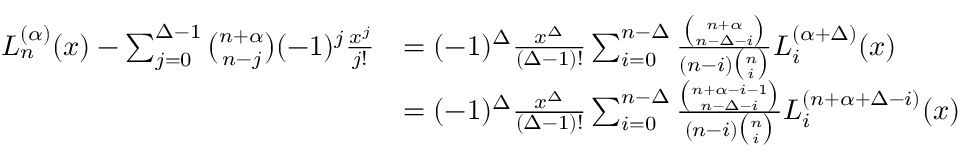
{ \begin{array} { r l } { L _ { n } ^ { ( \alpha ) } ( x ) - \sum _ { j = 0 } ^ { \Delta - 1 } { \binom { n + \alpha } { n - j } } ( - 1 ) ^ { j } { \frac { x ^ { j } } { j ! } } } & { = ( - 1 ) ^ { \Delta } { \frac { x ^ { \Delta } } { ( \Delta - 1 ) ! } } \sum _ { i = 0 } ^ { n - \Delta } { \frac { \binom { n + \alpha } { n - \Delta - i } } { ( n - i ) { \binom { n } { i } } } } L _ { i } ^ { ( \alpha + \Delta ) } ( x ) } \\ & { = ( - 1 ) ^ { \Delta } { \frac { x ^ { \Delta } } { ( \Delta - 1 ) ! } } \sum _ { i = 0 } ^ { n - \Delta } { \frac { \binom { n + \alpha - i - 1 } { n - \Delta - i } } { ( n - i ) { \binom { n } { i } } } } L _ { i } ^ { ( n + \alpha + \Delta - i ) } ( x ) } \end{array} }